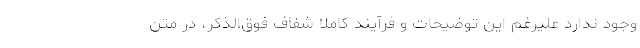
وجود ندارد عليرغم اين توضيحات و فرآيند كاملاً شفاف فوق‌الذكر، در متن